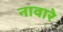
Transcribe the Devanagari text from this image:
नावारे